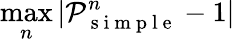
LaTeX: \operatorname*{max}_{n}|\mathcal P_{\mathrm{~s~i~m~p~l~e~}}^{n}-1|